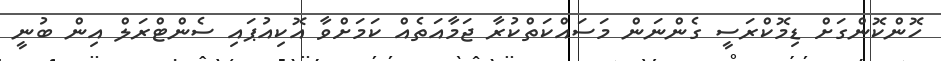
ހޮންކޮންގަށް ޑިމޮކްރަސީ ގެންނަން މަސައްކަތްކުރާ ޖަމާއަތެއް ކަމަށްވާ އޮކިއުޕައި ސެންޓްރަލް އިން ބުނީ